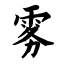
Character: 雾